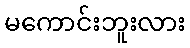
မကောင်းဘူးလား